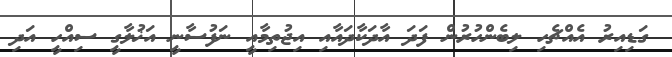
ގަޑިއިރު އެއްޗެހި ލިބެންހުރުން ފަދަ އާދަކާދައާއި އިޖުތިމާއީ ނަފުސާނީ އަޚުލާގީ ސިއްހީ އަދި